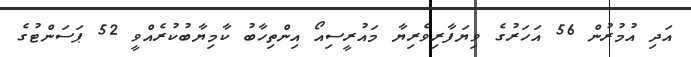
އަދި އުމުރުން 56 އަހަރުގެ ވިޔަފާރިވެރިޔާ މައުރީސިއޯ އިންތިހާބު ކާމިޔާބުކުރެއްވީ 52 ޕަސަންޓުގެ